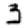
Digit: 3